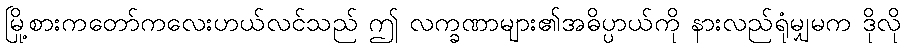
မြို့စားကတော်ကလေးဟယ်လင်သည် ဤ လက္ခဏာများ၏အဓိပ္ပာယ်ကို နားလည်ရုံမျှမက ဒိုလို